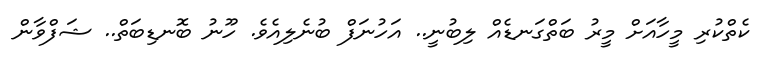
ކެތްކުރި މީހާއަށް މީރު ބަތްގަނޑެއް ލިބުނީ.. އަހުނަފް ބުނެލިއެވެ. ހޫނު ބޮނޑިބަތް.. ޝަފްވާން